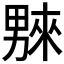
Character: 𤳆